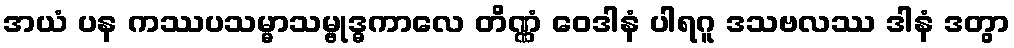
အယံ ပန ကဿပသမ္မာသမ္ဗုဒ္ဓကာလေ တိဏ္ဏံ ဝေဒါနံ ပါရဂူ ဒသဗလဿ ဒါနံ ဒတွာ